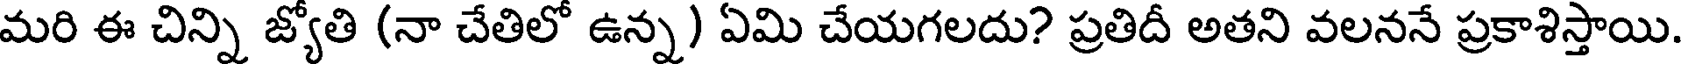
మరి ఈ చిన్ని జ్యోతి (నా చేతిలో ఉన్న) ఏమి చేయగలదు? ప్రతిదీ అతని వలననే ప్రకాశిస్తాయి.